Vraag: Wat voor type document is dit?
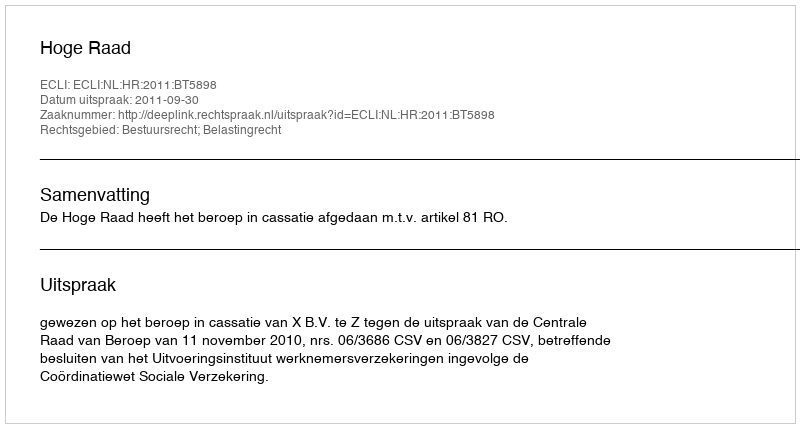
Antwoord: Uitspraak